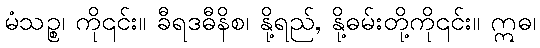
မံသဉ္စ၊ ကို၎င်း။ ခီရဒဓီနိစ၊ နို့ရည်, နို့ဓမ်းတို့ကို၎င်း။ ဣဓ၊